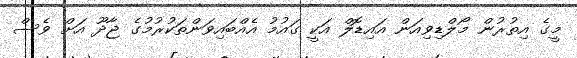
މީގެ އިތުރުން މޯލްޑިވިއަން އައިޑޮލް އަކީ ގައުމު އެއްބައިވަންތަކުރުމުގެ ޖާދޫ އަށް ވެސް